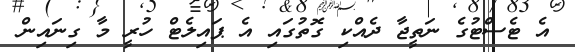
އެ ޓެސްޓުގެ ނަތީޖާ ދެއްކި ގޮތުގައި އެ ޕައިލެޓް ހުރީ މާ ގިނައިން